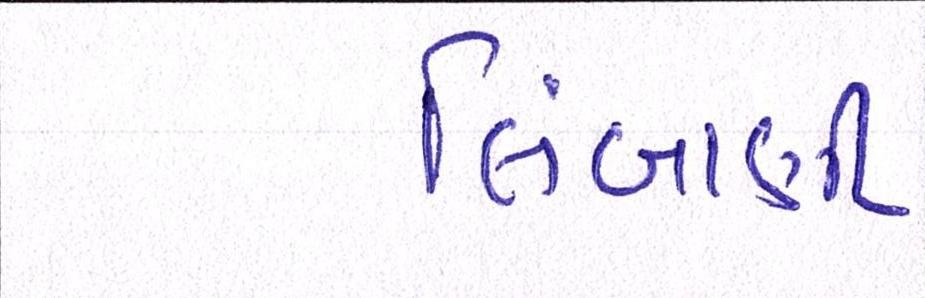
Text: લિંબાણી